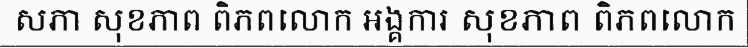
សភា សុខភាព ពិភពលោក អង្គការ សុខភាព ពិភពលោក